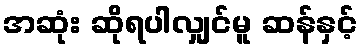
အဆုံး ဆိုရပါလျှင်မူ ဆန်နှင့်